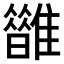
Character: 𩁆